Medical and sanitary report of the native army of Bengal for the year
Year: 1874
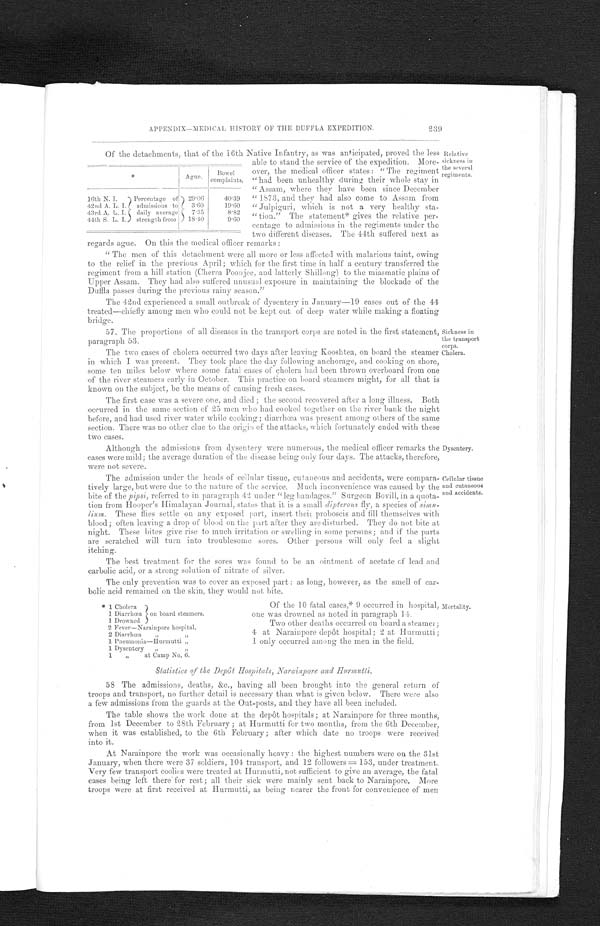
APPENDIX—MED1CAL HISTORY OF THE DUFFLA EXPEDITION.
239
Of the detachments, that of the 16th Native Infantry, as was anticipated, proved the less
able to stand the service of the expedition. More-
over, the medical officer states: "The regiment
"had been unhealthy during their whole stay in
"Assam, where they have been since December
"1873, and they had also come to Assam from
"Julpiguri, which is not a very healthy sta--
" tion." The statement* gives the relative per-
centage to admissions in the regiments under the
two different diseases. The 44th suffered next as
regards ague. On this the medical officer remarks:
"The men of this detachment were all more or less affected with malarious taint, owing
to the relief in the previous April; which for the first time in half a century transferred the
regiment from a hill station (Cherra Poonjee, and latterly Shillong) to the miasmatic plains of
Upper Assam. They had also suffered unusual exposure in maintaining the blockade of the
Duffla passes during the previous rainy season."
The 42nd experienced a small outbreak of dysentery in January—19 cases out of the 44
treated—chiefly among men who could not be kept out of deep water while making a floating
bridge.
*
Ague.
Bowel
complaints.
16th N. I. Percentage of 29.06
40.39
42nd A. L. I. admissions to
3.60
19.60
43rd A. L. I. daily average
7.35
8.82
44th S. L. I. strength from
18.40
9.60
Relative
sickness in
the several
regiments.
57. The proportions of all diseases in the transport corps are noted in the first statement,
paragraph 53.
The two cases of cholera occurred two days after leaving Kooshtea, on board the steamer
in which I was present. They took place the day following anchorage, and cooking on shore,
some ten miles below where some fatal cases of cholera had been thrown overboard from one
of the river steamers early in October. This practice on board steamers might, for all that is
known on the subject, be the means of causing fresh cases.
The first case was a severe one, and died; the second recovered after a long illness. Both
occurred in the same section of 25 men who had cooked together on the river bank the night
before, and had used river water while cooking; diarrhœa was present among others of the same
section. There was no other clue to the origin of the attacks, which fortunately ended with these
two cases.
Although the admissions from dysentery were numerous, the medical officer remarks the
cases were mild; the average duration of the disease being only four days. The attacks, therefore,
were not severe.
Sickness in
the transport
corps.
Cholera.
Dysentery.
The admission under the heads of cellular tissue, cutaneous and accidents, were compara-
tively large, but were due to the nature of the service. Much inconvenience was caused by the
bite of the pipsi, referred. to in paragraph 42 under "leg bandages." Surgeon Bovill, in a quota-
tion from Hooper's Himalayan Journal, states that it is a small dipterous fly, a species of sim
u-lium. These flies settle on any exposed part, insert their proboscis and fill themselves with
blood; often leaving a drop of blood on the part after they are disturbed. They do not bite at
night. These bites give rise to much irritation or swelling in some persons; and if the parts
are scratched will turn into troublesome sores. Other persons will only feel a slight
itching.
The best treatment for the sores was found to be an ointment of acetate of lead and
carbolic acid, or a strong solution of nitrate of silver.
The only prevention was to cover an exposed part: as long, however, as the smell of car-
bolic acid remained on the skin, they would not bite.
Of the 10 fatal cases,* 9 occurred in hospital,
one was drowned as noted in paragraph 14.
Two other deaths occurred on board a steamer;
4 at Narainpore depôt hospital; 2 at Hurmutti;
1 only occurred among the men in the field.
* 1 Cholera
1 Diarrhœa on board steamers.
1 Drowned
2 Fever—Narainpore hospital.
2 Diarrhœa "
1 Pneumonia—Hurmutti
"
1 Dysentery "
1 " at Camp No. 6.
Cellular tissue
and cutaneous
and accidents.
Mortality.
Statistics of the Depôt Hospitals, Narainpore and Hurmutti.
58 The admissions, deaths, &c., having all been brought into the general return of
troops and transport, no further detail is necessary than what is given below. There were also
a few admissions from the guards at the Out-posts, and they have all been included.
The table shows the work done at the depot hospitals; at Narainpore for three months,
from 1st December to 28th February; at Hurmutti for two months, from the 6th December,
when it was established, to the 6th February; after which date no troops were received
into it.
At Narainpore the work was occasionally heavy: the highest numbers were on the 31st
January, when there were 37 soldiers, 104 transport, and 12 followers ═ 153, under treatment.
Very few transport coolies were treated at Hurmutti, not sufficient to give an average, the fatal
cases being left there for rest; all their sick were mainly sent back to Narainpore. More
troops were at first received at Hurmutti, as being nearer the front for convenience of men